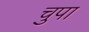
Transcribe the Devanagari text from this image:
चुपा